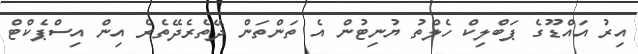
އިރު އައްޑޫގެ ޕަބްލިކް ހެލްތު ޔުނިޓުން އެ ތަންތަން ދޭތެރެދޭތެރެ އިން އިސްޕެކްޓް